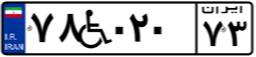
۶۱W۵۴۳۲۵